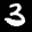
Label: 3